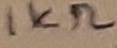
Text: 1KΩ